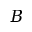
B